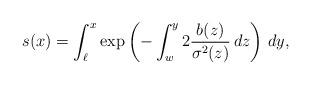
LaTeX: \begin{align*}s(x) = \int_\ell^x \exp\left(-\int_w^y 2 \frac{b(z)}{\sigma^2(z)} \, dz\right) \, dy,\end{align*}